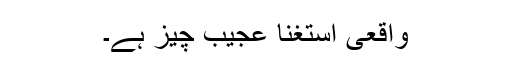
واقعی استغنا عجیب چیز ہے۔